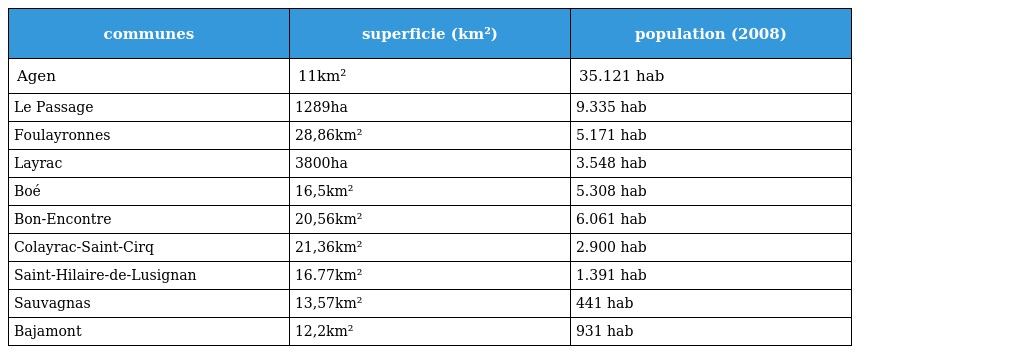
| communes | superficie (km²) | population (2008) |
 | --- | --- | --- |
 | Agen | 11km² | 35.121 hab |
 | Le Passage | 1289ha | 9.335 hab |
 | Foulayronnes | 28,86km² | 5.171 hab |
 | Layrac | 3800ha | 3.548 hab |
 | Boé | 16,5km² | 5.308 hab |
 | Bon-Encontre | 20,56km² | 6.061 hab |
 | Colayrac-Saint-Cirq | 21,36km² | 2.900 hab |
 | Saint-Hilaire-de-Lusignan | 16.77km² | 1.391 hab |
 | Sauvagnas | 13,57km² | 441 hab |
 | Bajamont | 12,2km² | 931 hab |